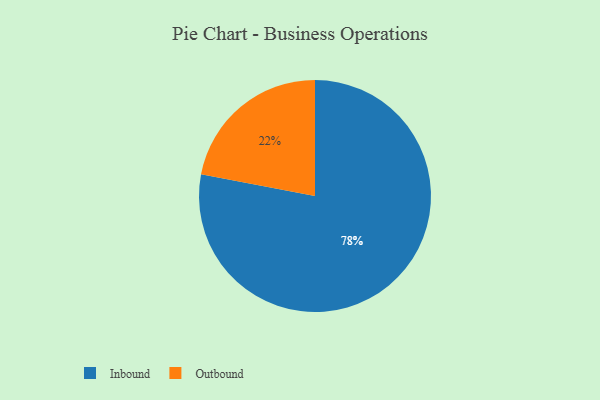
{"axis": {"x": "Category", "y": "Percentage"}, "legend": ["Inbound", "Outbound"], "data": [{"x": "Inbound", "y": 78, "type": "Inbound"}, {"x": "Outbound", "y": 22, "type": "Outbound"}]}